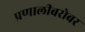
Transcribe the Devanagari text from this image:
प्रणालीबरोबर